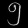
Digit: ၅